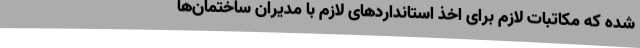
شده که مکاتبات لازم برای اخذ استانداردهای لازم با مدیران ساختمان‌ها